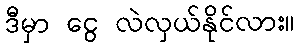
ဒီမှာ ငွေ လဲလှယ်နိုင်လား။